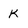
Character: k